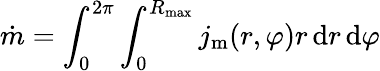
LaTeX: \dot{m}=\int_{0}^{2\pi}\int_{0}^{R_{\mathrm{max}}}j_{\mathrm{m}}(r,\varphi)r\, \mathrm{d}r\, \mathrm{d}\varphi